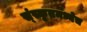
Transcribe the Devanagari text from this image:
स्ंस्कृतमध्येच